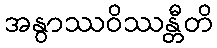
အနွာဿဝိဿန္တီတိ